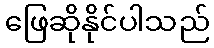
ဖြေဆိုနိုင်ပါသည်